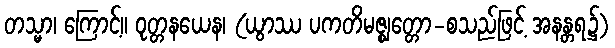
တသ္မာ၊ ကြောင့်။ ဝုတ္တနယေန၊ (ယွာဿ ပကတိမဇ္ဈတ္တော-စသည်ဖြင့် အနန္တရ၌)